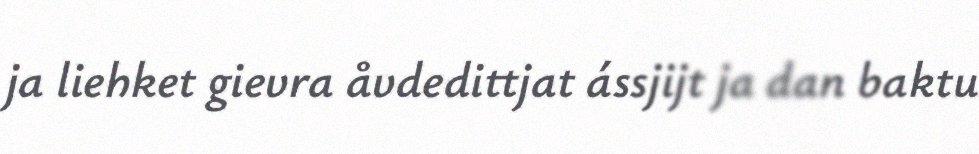
ja liehket gievra åvdedittjat ássjijt ja dan baktu